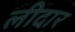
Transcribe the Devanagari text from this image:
लीदार